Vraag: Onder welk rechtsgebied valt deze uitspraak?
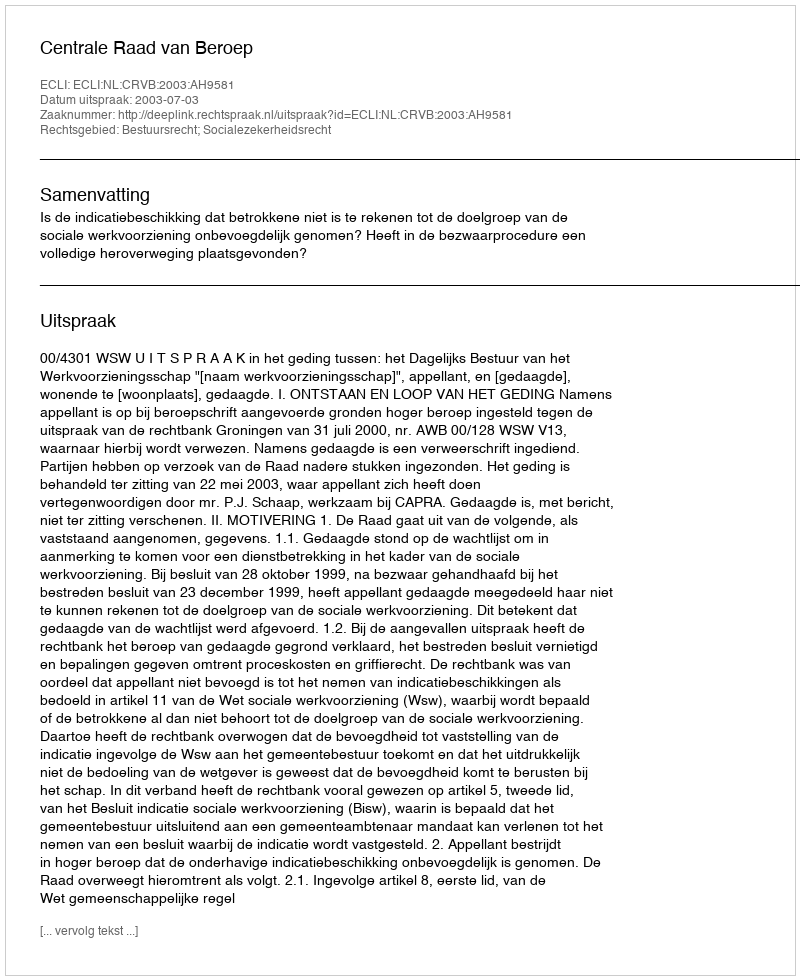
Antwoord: Bestuursrecht; Socialezekerheidsrecht